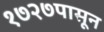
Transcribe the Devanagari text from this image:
१७२७पासून